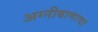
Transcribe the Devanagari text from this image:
अग्नीबाणाचा